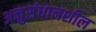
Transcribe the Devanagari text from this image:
अनुसंधानशील